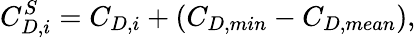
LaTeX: C_{D,i}^{S}=C_{D,i}+(C_{D,min}-C_{D,mean}),